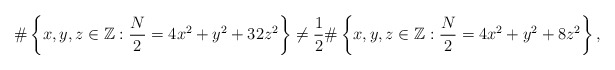
\begin{align*}\# \left\{ x,y,z \in \mathbb{Z} : \frac{N}{2}=4x^{2}+y^{2}+32z^2 \right\} \ne\frac{1}{2} \# \left\{ x,y,z \in \mathbb{Z} : \frac{N}{2}=4x^{2}+y^{2}+8z^2 \right\} ,\end{align*}